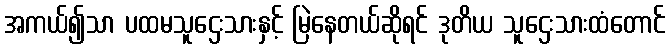
အကယ်၍သာ ပထမသူဌေးသားနှင့် မြဲနေတယ်ဆိုရင် ဒုတိယ သူဌေးသားထံတောင်